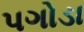
પગોડા